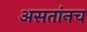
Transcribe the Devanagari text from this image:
असतांनच